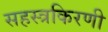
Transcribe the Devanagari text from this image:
सहस्त्रकिरणी